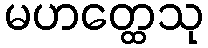
မဟတ္ထေသု